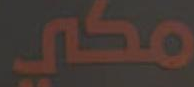
مكي